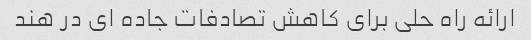
ارائه راه حلی برای کاهش تصادفات جاده ای در هند